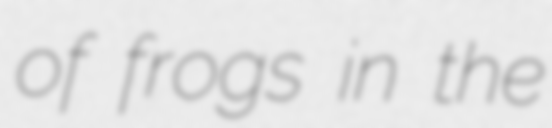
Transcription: of frogs in the